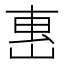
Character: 𡸸